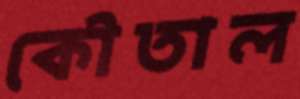
কৌতাল